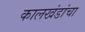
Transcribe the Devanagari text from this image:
कालखंडांचा